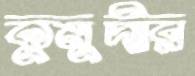
কুমুদীর